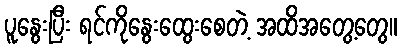
ပူနွေးပြီး ရင်ကိုနွေးထွေးစေတဲ့ အထိအတွေ့တွေ။